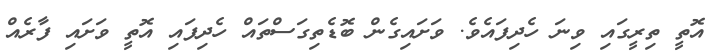
އޮތީ ތިރީގައި ވިނަ ހެދިފައެވެ. ވަށައިގެން ބޮޑެތިގަސްތައް ހެދިފައި އޮތީ ވަށައި ފާރެއް